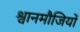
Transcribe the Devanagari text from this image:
श्वानमौजियों